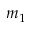
m _ { 1 }